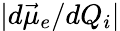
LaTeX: |d\vec{\mu}_{e}/dQ_{i}|